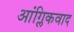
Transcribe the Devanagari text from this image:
आंग्लिकवाद